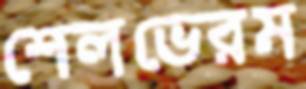
শেলভেরম